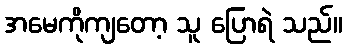
အမေကိုကျတော့ သူ ပြောရဲ သည်။